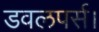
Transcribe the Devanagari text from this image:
डवलपर्स।